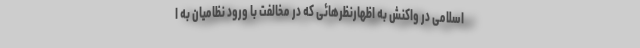
اسلامی در واکنش به اظهارنظرهائی که در مخالفت با ورود نظامیان به ا